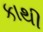
કાથી